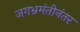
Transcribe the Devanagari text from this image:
जगभ्रमंतीनंतर